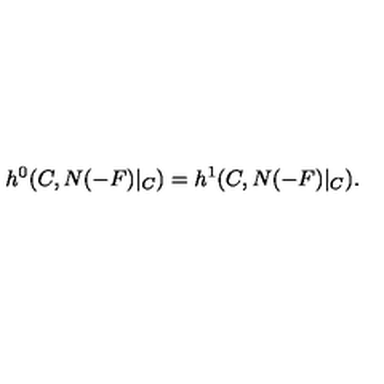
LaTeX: h ^ { 0 } ( C , N ( - F ) | _ { C } ) = h ^ { 1 } ( C , N ( - F ) | _ { C } ) .